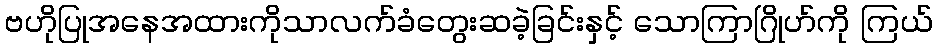
ဗဟိုပြုအနေအထားကိုသာလက်ခံတွေးဆခဲ့ခြင်းနှင့် သောကြာဂြိုဟ်ကို ကြယ်